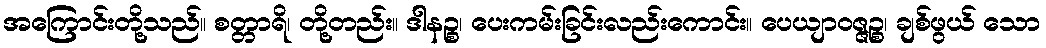
အကြောင်းတို့သည်။ စတ္တာရိ၊ တို့တည်း။ ဒါနဉ္စ၊ ပေးကမ်းခြင်းလည်းကောင်း။ ပေယျာဝဇ္ဇဉ္စ၊ ချစ်ဖွယ် သော